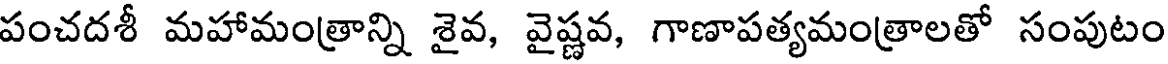
పంచదశీ మహామంత్రాన్ని శైవ, వైష్ణవ, గాణాపత్యమంత్రాలతో సంపుటం